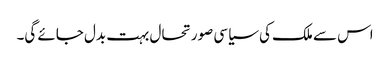
اس سے ملک کی سیاسی صورتحال بہت بدل جائے گی۔